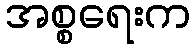
အစ္စရေးက